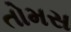
તોમસ